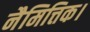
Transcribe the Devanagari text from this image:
नैमित्तिक।